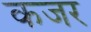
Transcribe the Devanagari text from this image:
कजर